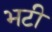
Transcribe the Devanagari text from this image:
भटी